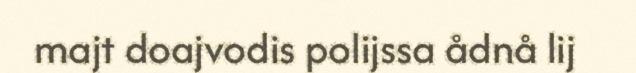
majt doajvodis polijssa ådnå lij